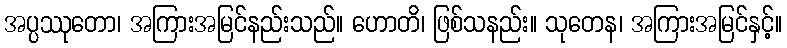
အပ္ပဿုတော၊ အကြားအမြင်နည်းသည်။ ဟောတိ၊ ဖြစ်သနည်း။ သုတေန၊ အကြားအမြင်နှင့်။